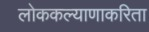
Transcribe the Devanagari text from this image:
लोककल्याणाकरिता